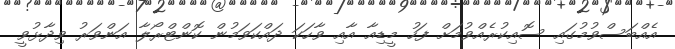
އެއްބަސްވުމުގައި ސޮއިކުރެއްވުމަށް ފަހު މީޑިއާ އާއި ވާހަކަ ދައްކަވަމުން ކޮންޓްރޯލާ އަންވަރު ވިދާޅުވީ